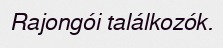
Rajongói találkozók.